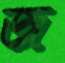
জ